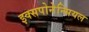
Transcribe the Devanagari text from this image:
इक्सपोनेन्सियल